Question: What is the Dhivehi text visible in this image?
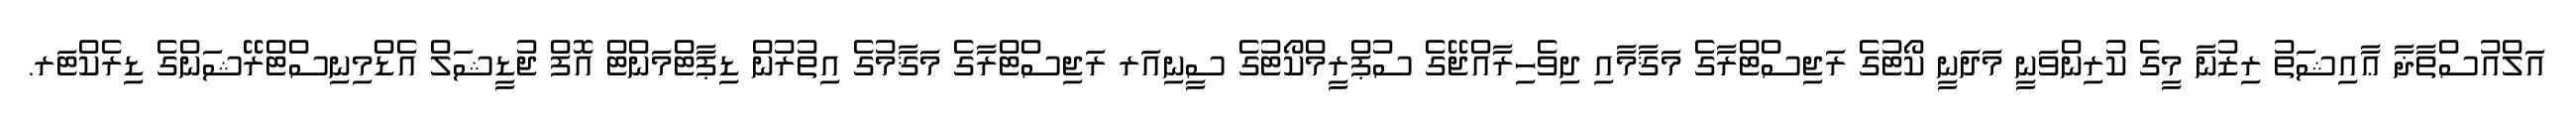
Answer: އަލްއުސްތާޛާ ޢާއިޝަތު ރިޒުނާ މީގެ ކުރިންވަނީ މަދަނީ ކޯޓުގެ ރަޖިސްޓްރާގެ މަޤާމާއި ދިވެހިރާއްޖޭގެ ސުޕްރީމްކޯޓުގެ ސީނިއަރ ރަޖިސްޓްރާގެ މަޤާމުގެ އިތުރުން ޑިޕާޓްމަންޓް އޮފް ޖުޑީޝަލް އެޑްމިނިސްޓްރޭޝަންގެ ޑިރެކްޓަރ.